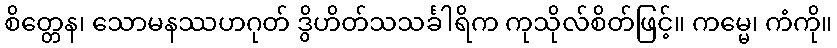
စိတ္တေန၊ သောမနဿဟဂုတ် ဒွိဟိတ်သသင်္ခါရိက ကုသိုလ်စိတ်ဖြင့်။ ကမ္မေ၊ ကံကို။